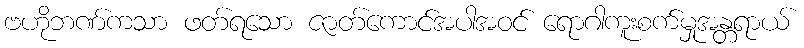
ဗဟိုဘဏ်ကသာ ဖတ်ရသော ဇာတ်ကောင်အပါအဝင် ရောဂါကူးစက်မှုအန္တရာယ်